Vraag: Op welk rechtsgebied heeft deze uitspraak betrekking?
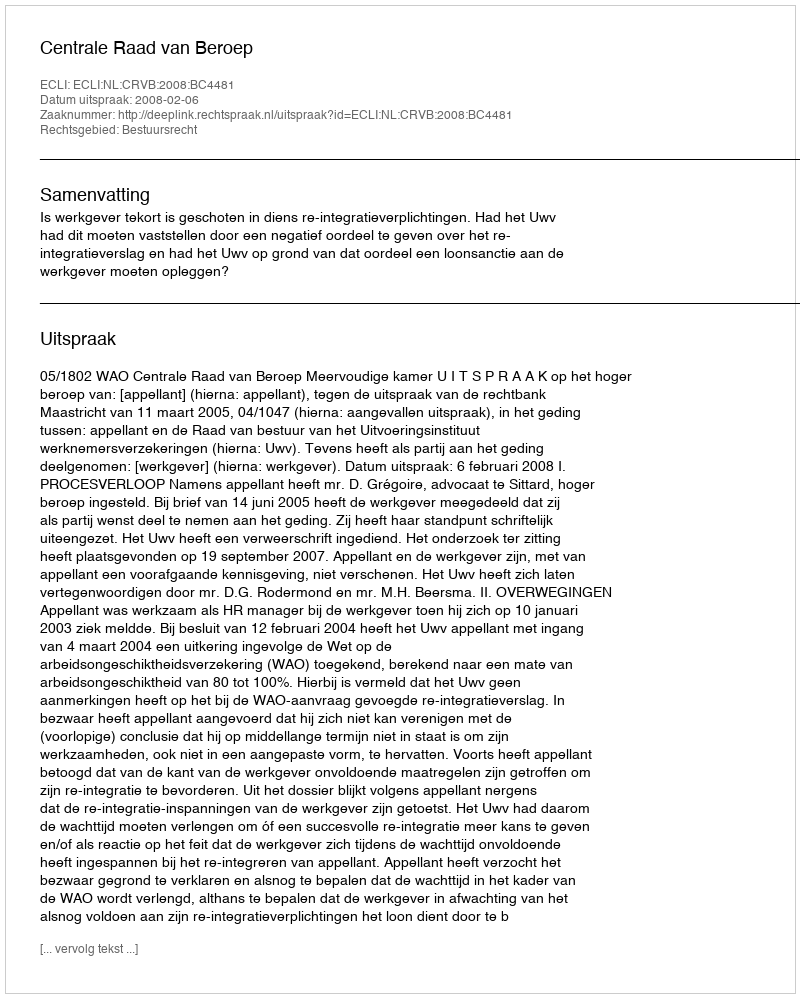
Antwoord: Bestuursrecht